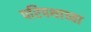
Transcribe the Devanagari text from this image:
परिपथाच्या